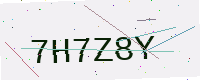
Text: 7H7Z8Y